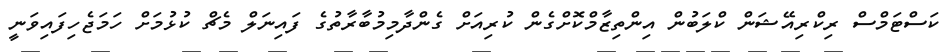
ކަސްޓަމްސް ރިކްރިއޭޝަން ކްލަބުން އިންތިޒާމްކޮށްގެން ކުރިއަށް ގެންދާމިމުބާރާތުގެ ފައިނަލް މެޗް ކުޅުމަށް ހަމަޖެހިފައިވަނީ